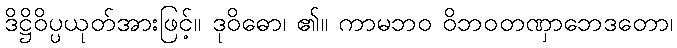
ဒိဋ္ဌိဝိပ္ပယုတ်အားဖြင့်။ ဒုဝိဓော၊ ၏။ ကာမဘဝ ဝိဘဝတဏှာဘေဒတော၊